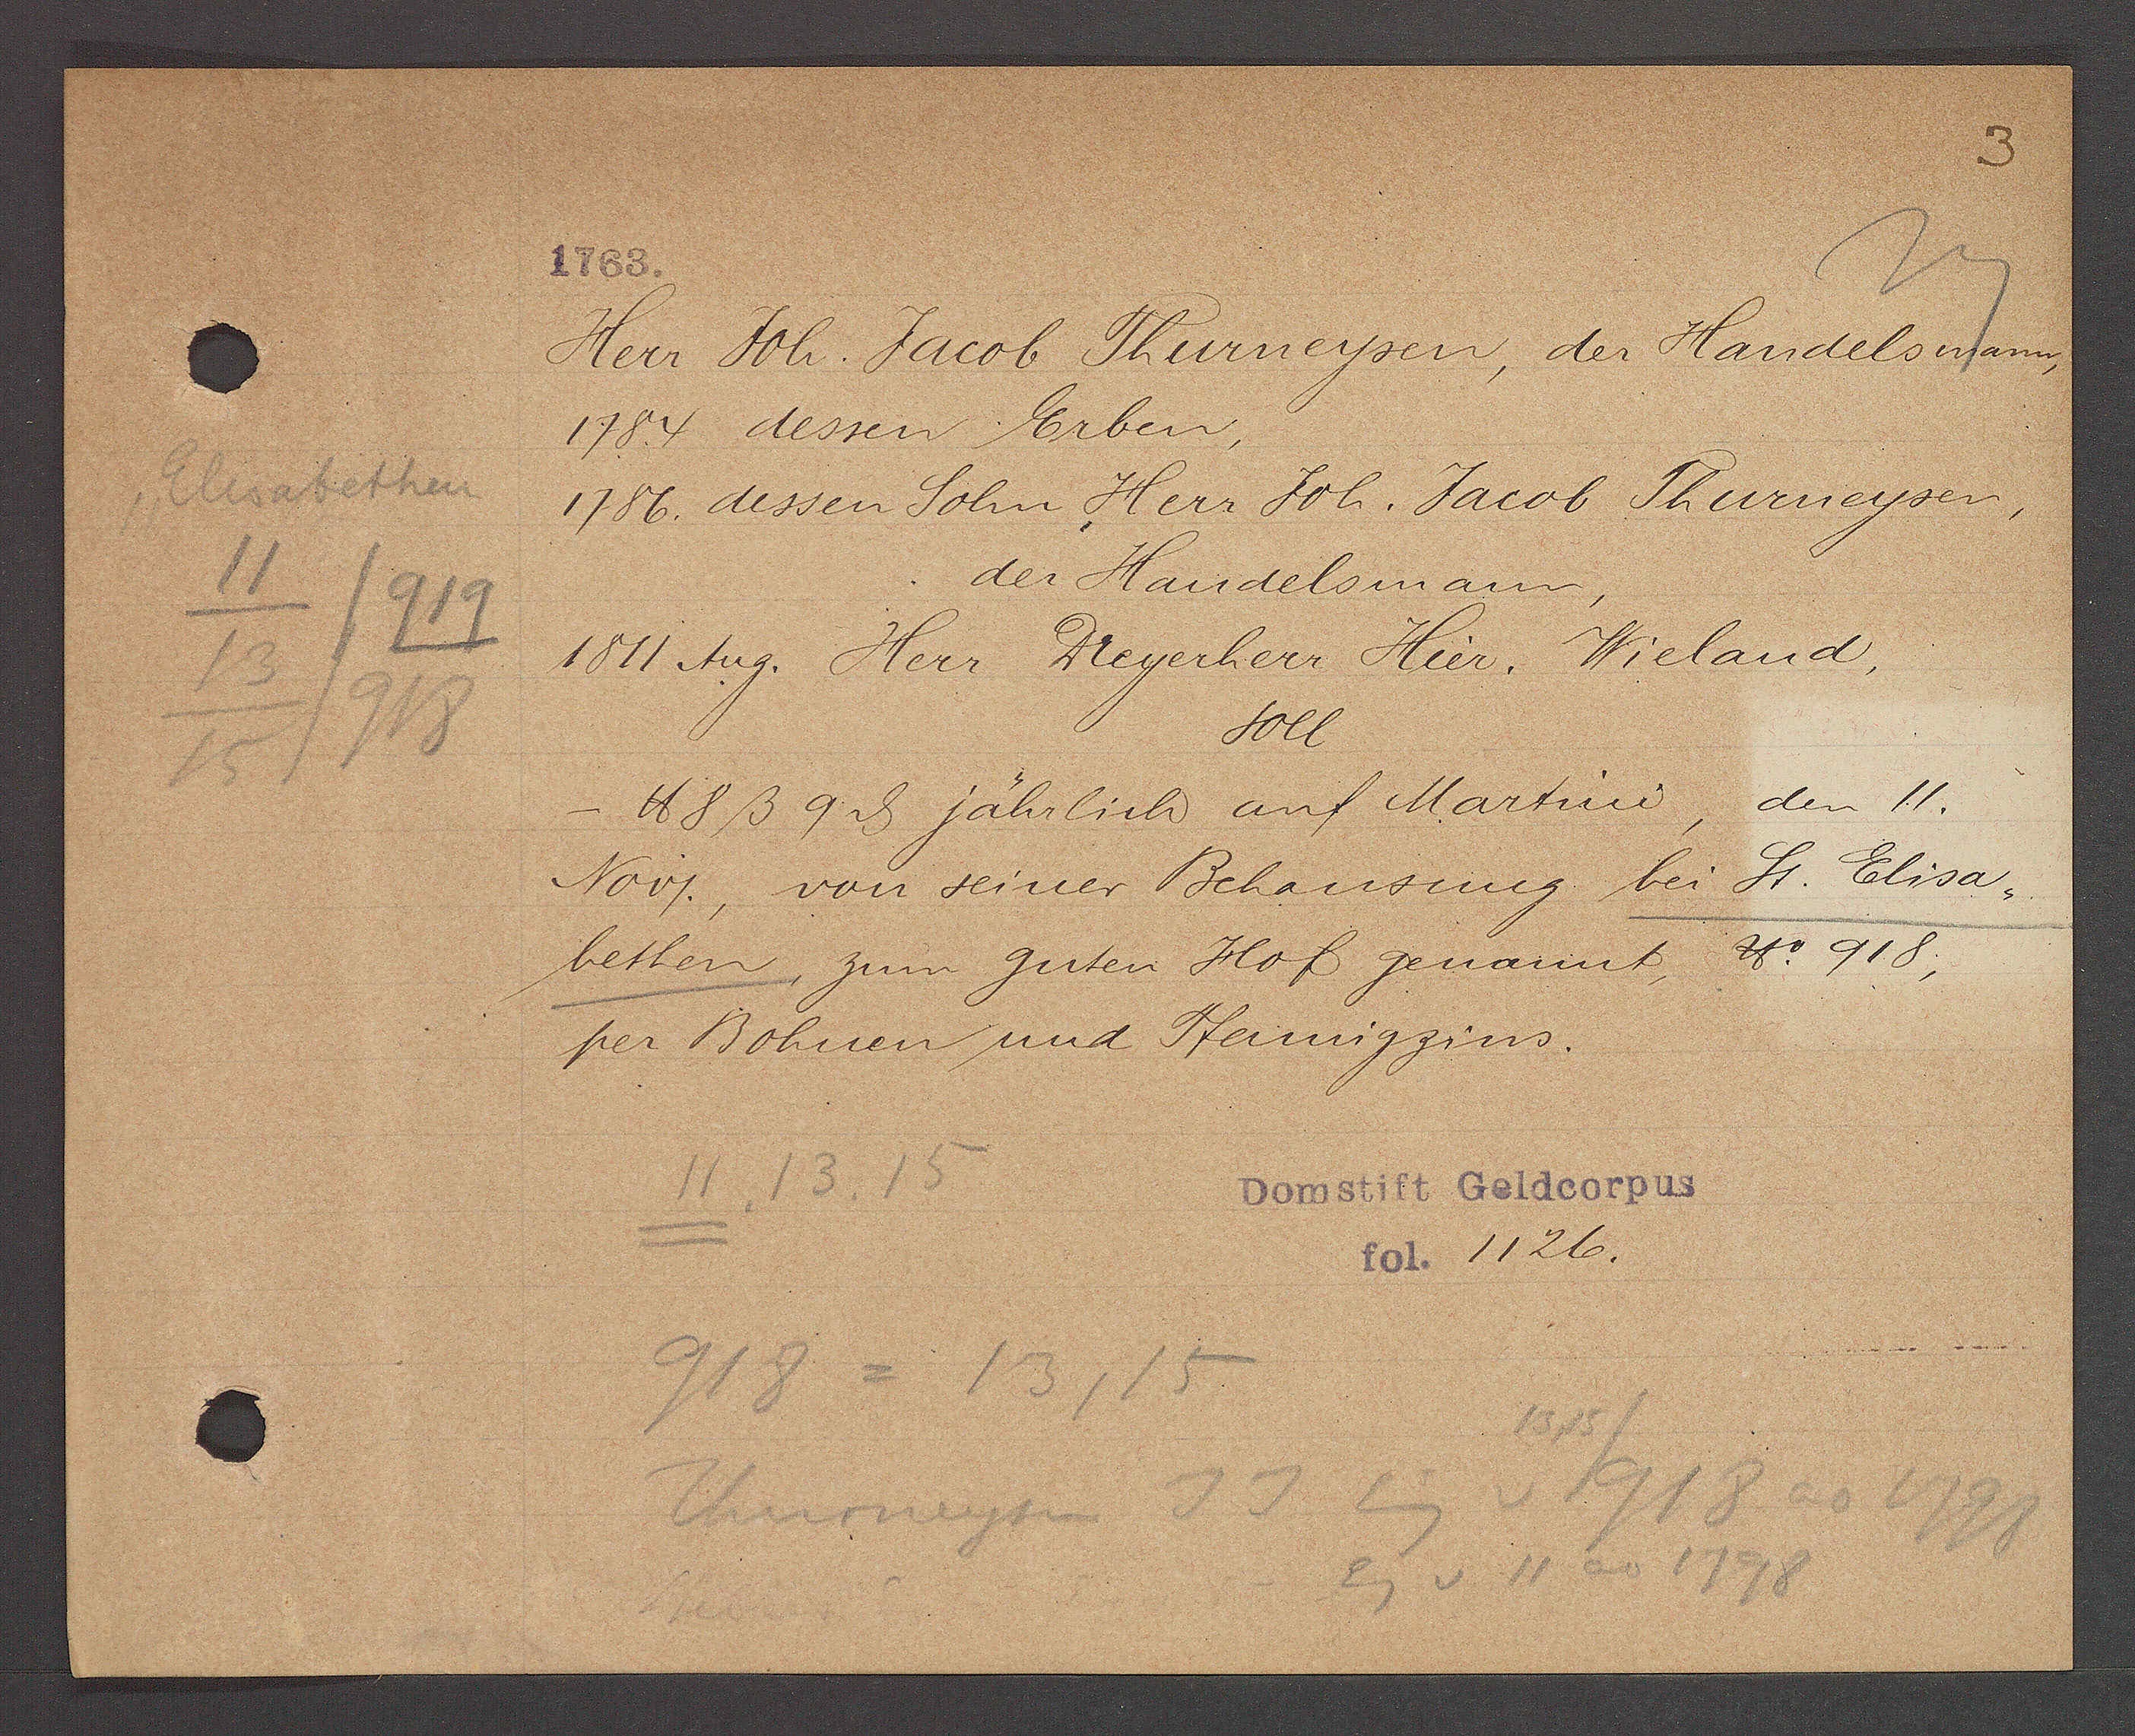
Transcript:
Elisabethen
713
15
/919
/918

1763.

Herr Joh. Jacob Thurneysen, der Handelsmann,
1784 dessen Erben,
1786. dessen Sohn Herr Joh. Jacob Thurneysen,
der Handelsmann,
1811 Aug. Herr Deyerherr Hier, Wieland,
soll
℔ 8 ß 9 ȡ jährlich auf Martini, den 11.
Novj, von seiner Behausung bei St. Elisa-
bethen zum guten Hof genannt, ℔ 918,
per Bohnen und Pfennigzins.

11
13. 15
918 = 13, 15
Thurneysen J.J Eig v 1918 ao 1798
1315
Eg v 11 ao 1798

Domstift Geldcorpus
fol. 1126.